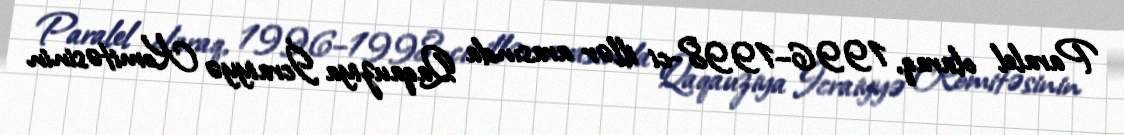
Paralel olaraq, 1996–1998-ci illər arasında Qaqauziya İcraiyyə Komitəsinin